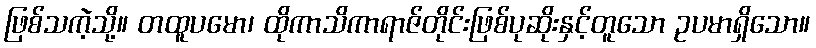
ဖြစ်သကဲ့သို့။ တထူပမော၊ ထိုကာသိကာရာဇ်တိုင်းဖြစ်ပုဆိုးနှင့်တူသော ဥပမာရှိသော။